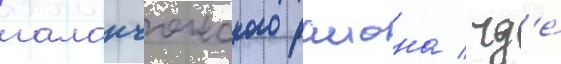
галанчожского раиона / гд'е́